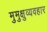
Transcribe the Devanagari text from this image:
मुमुक्षुव्यवहार